Bréfritari: Ragnheiður Daníelsdóttir
Viðtakandi: Jakobína Magnúsdóttir
Dagsetning: A-1887-02-03
Skrifað á: Reykjavík  Gull.
Ragnheiður var dóttir Jakobínu

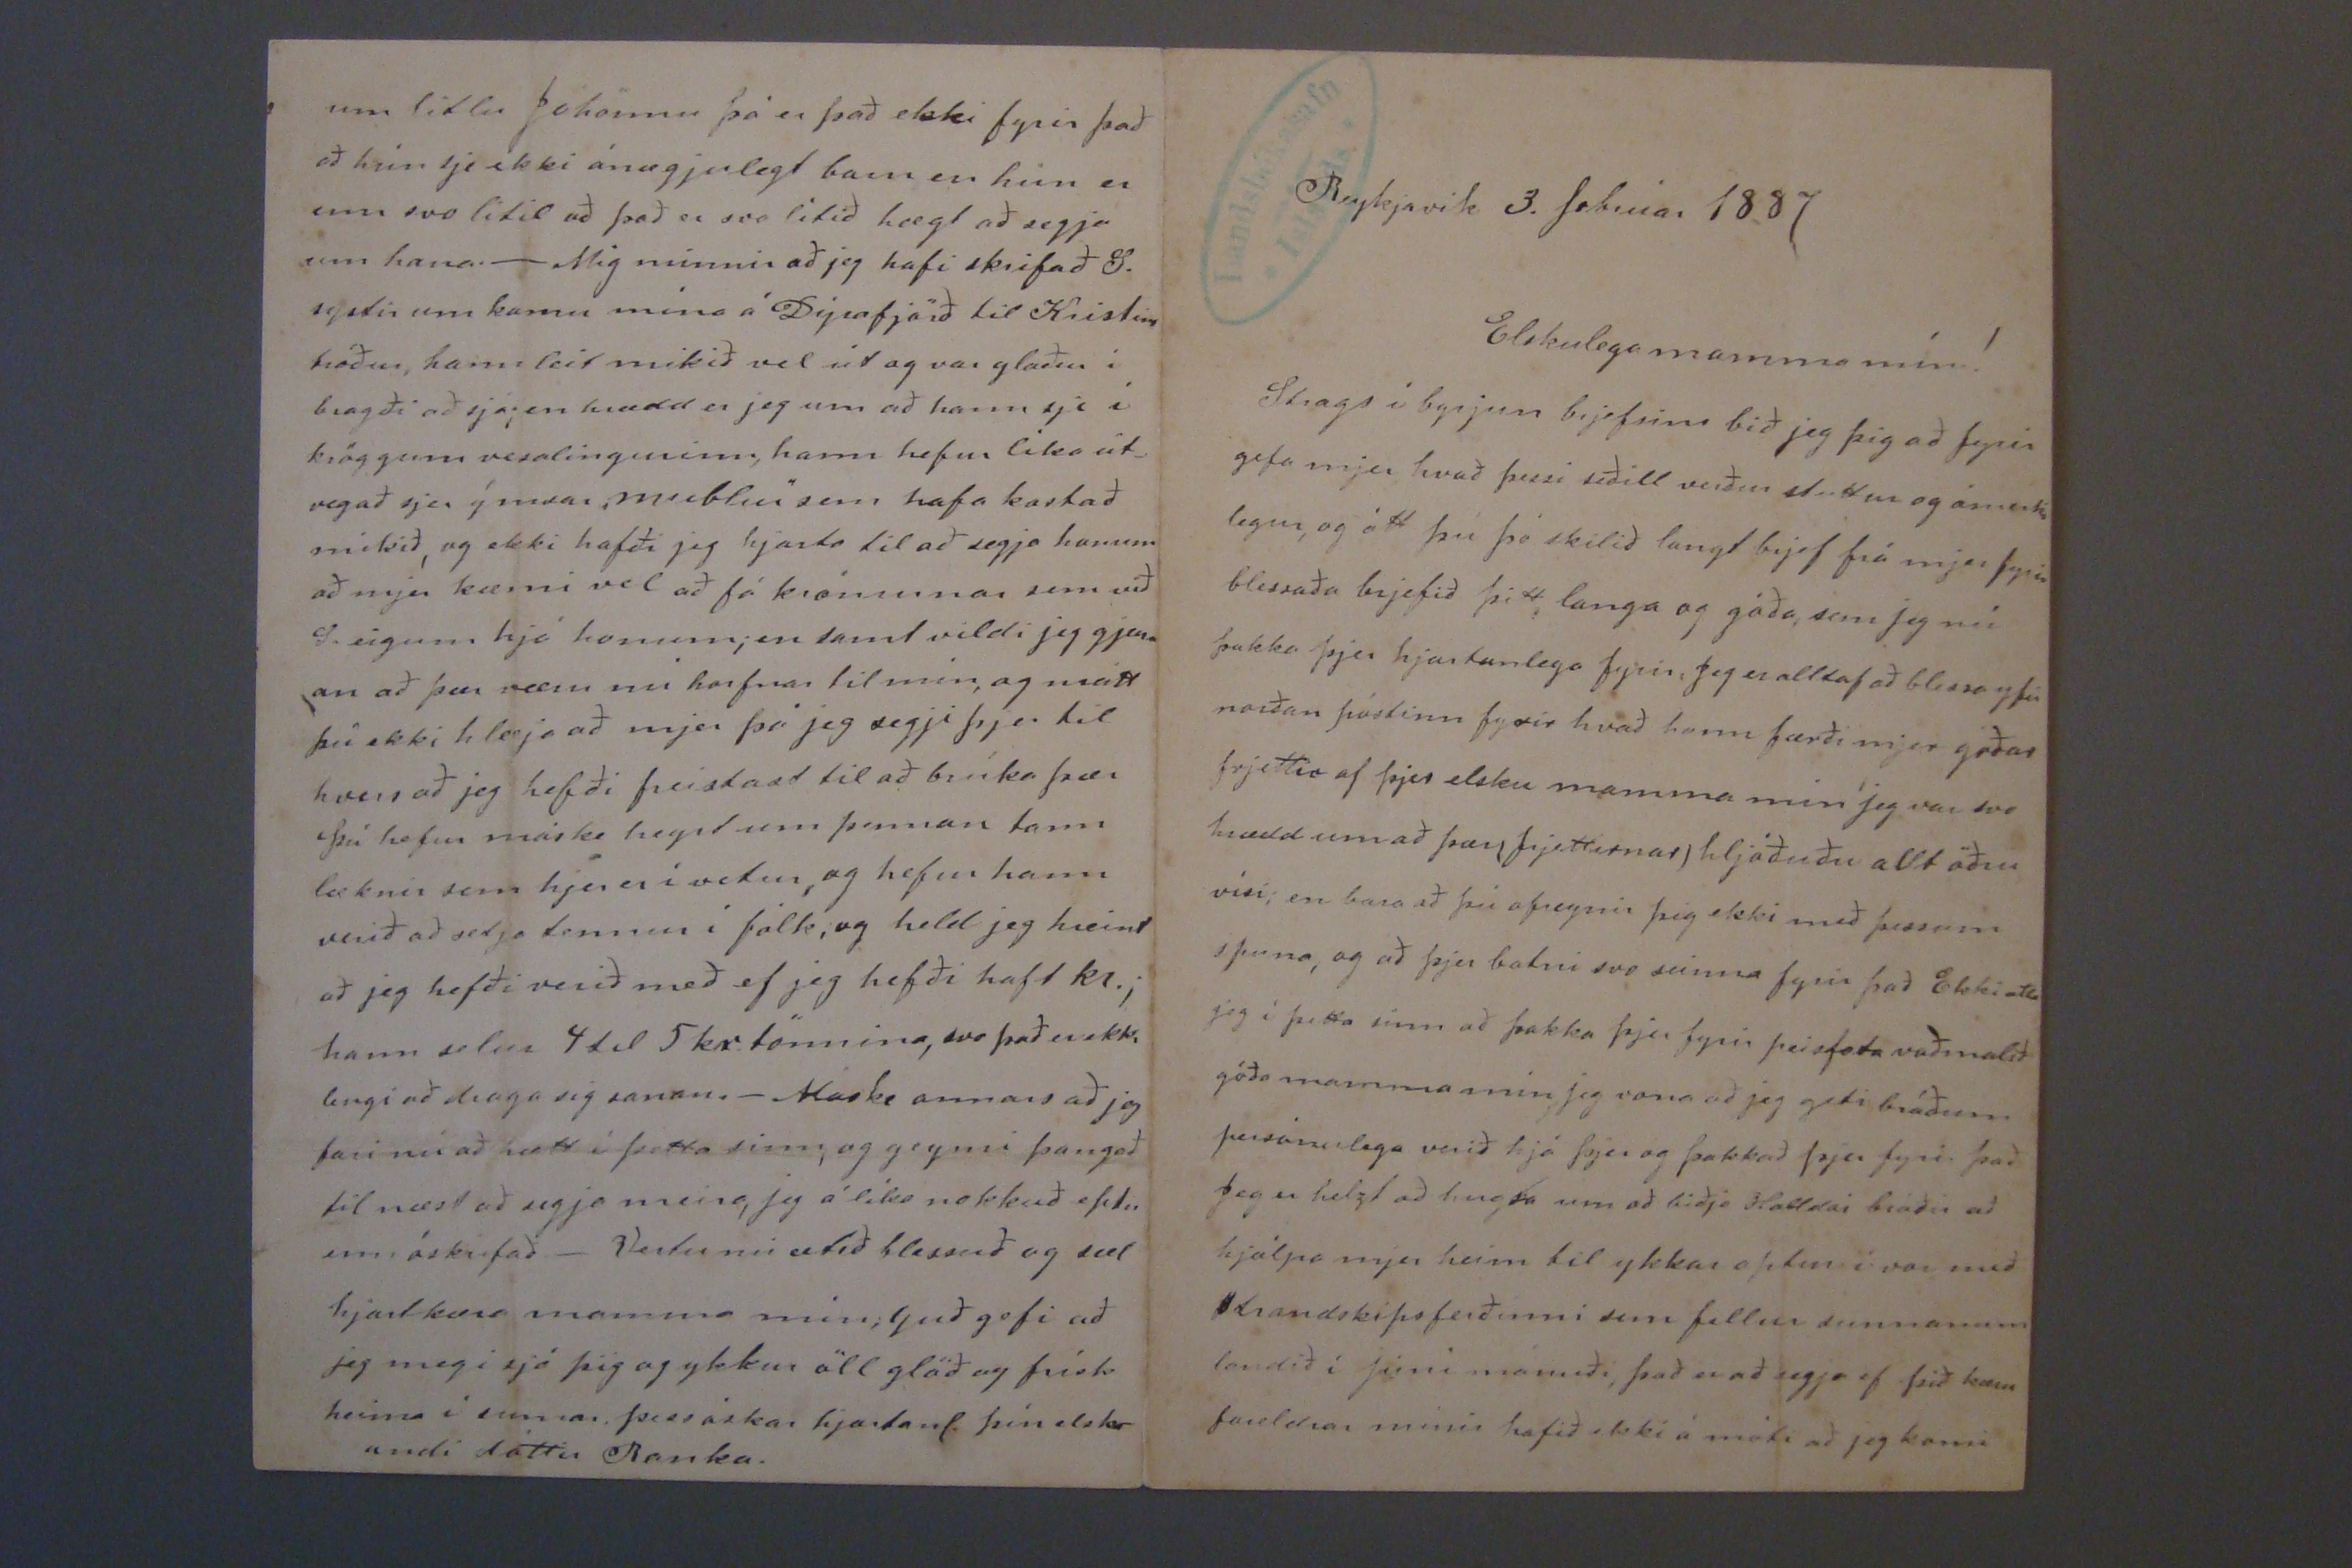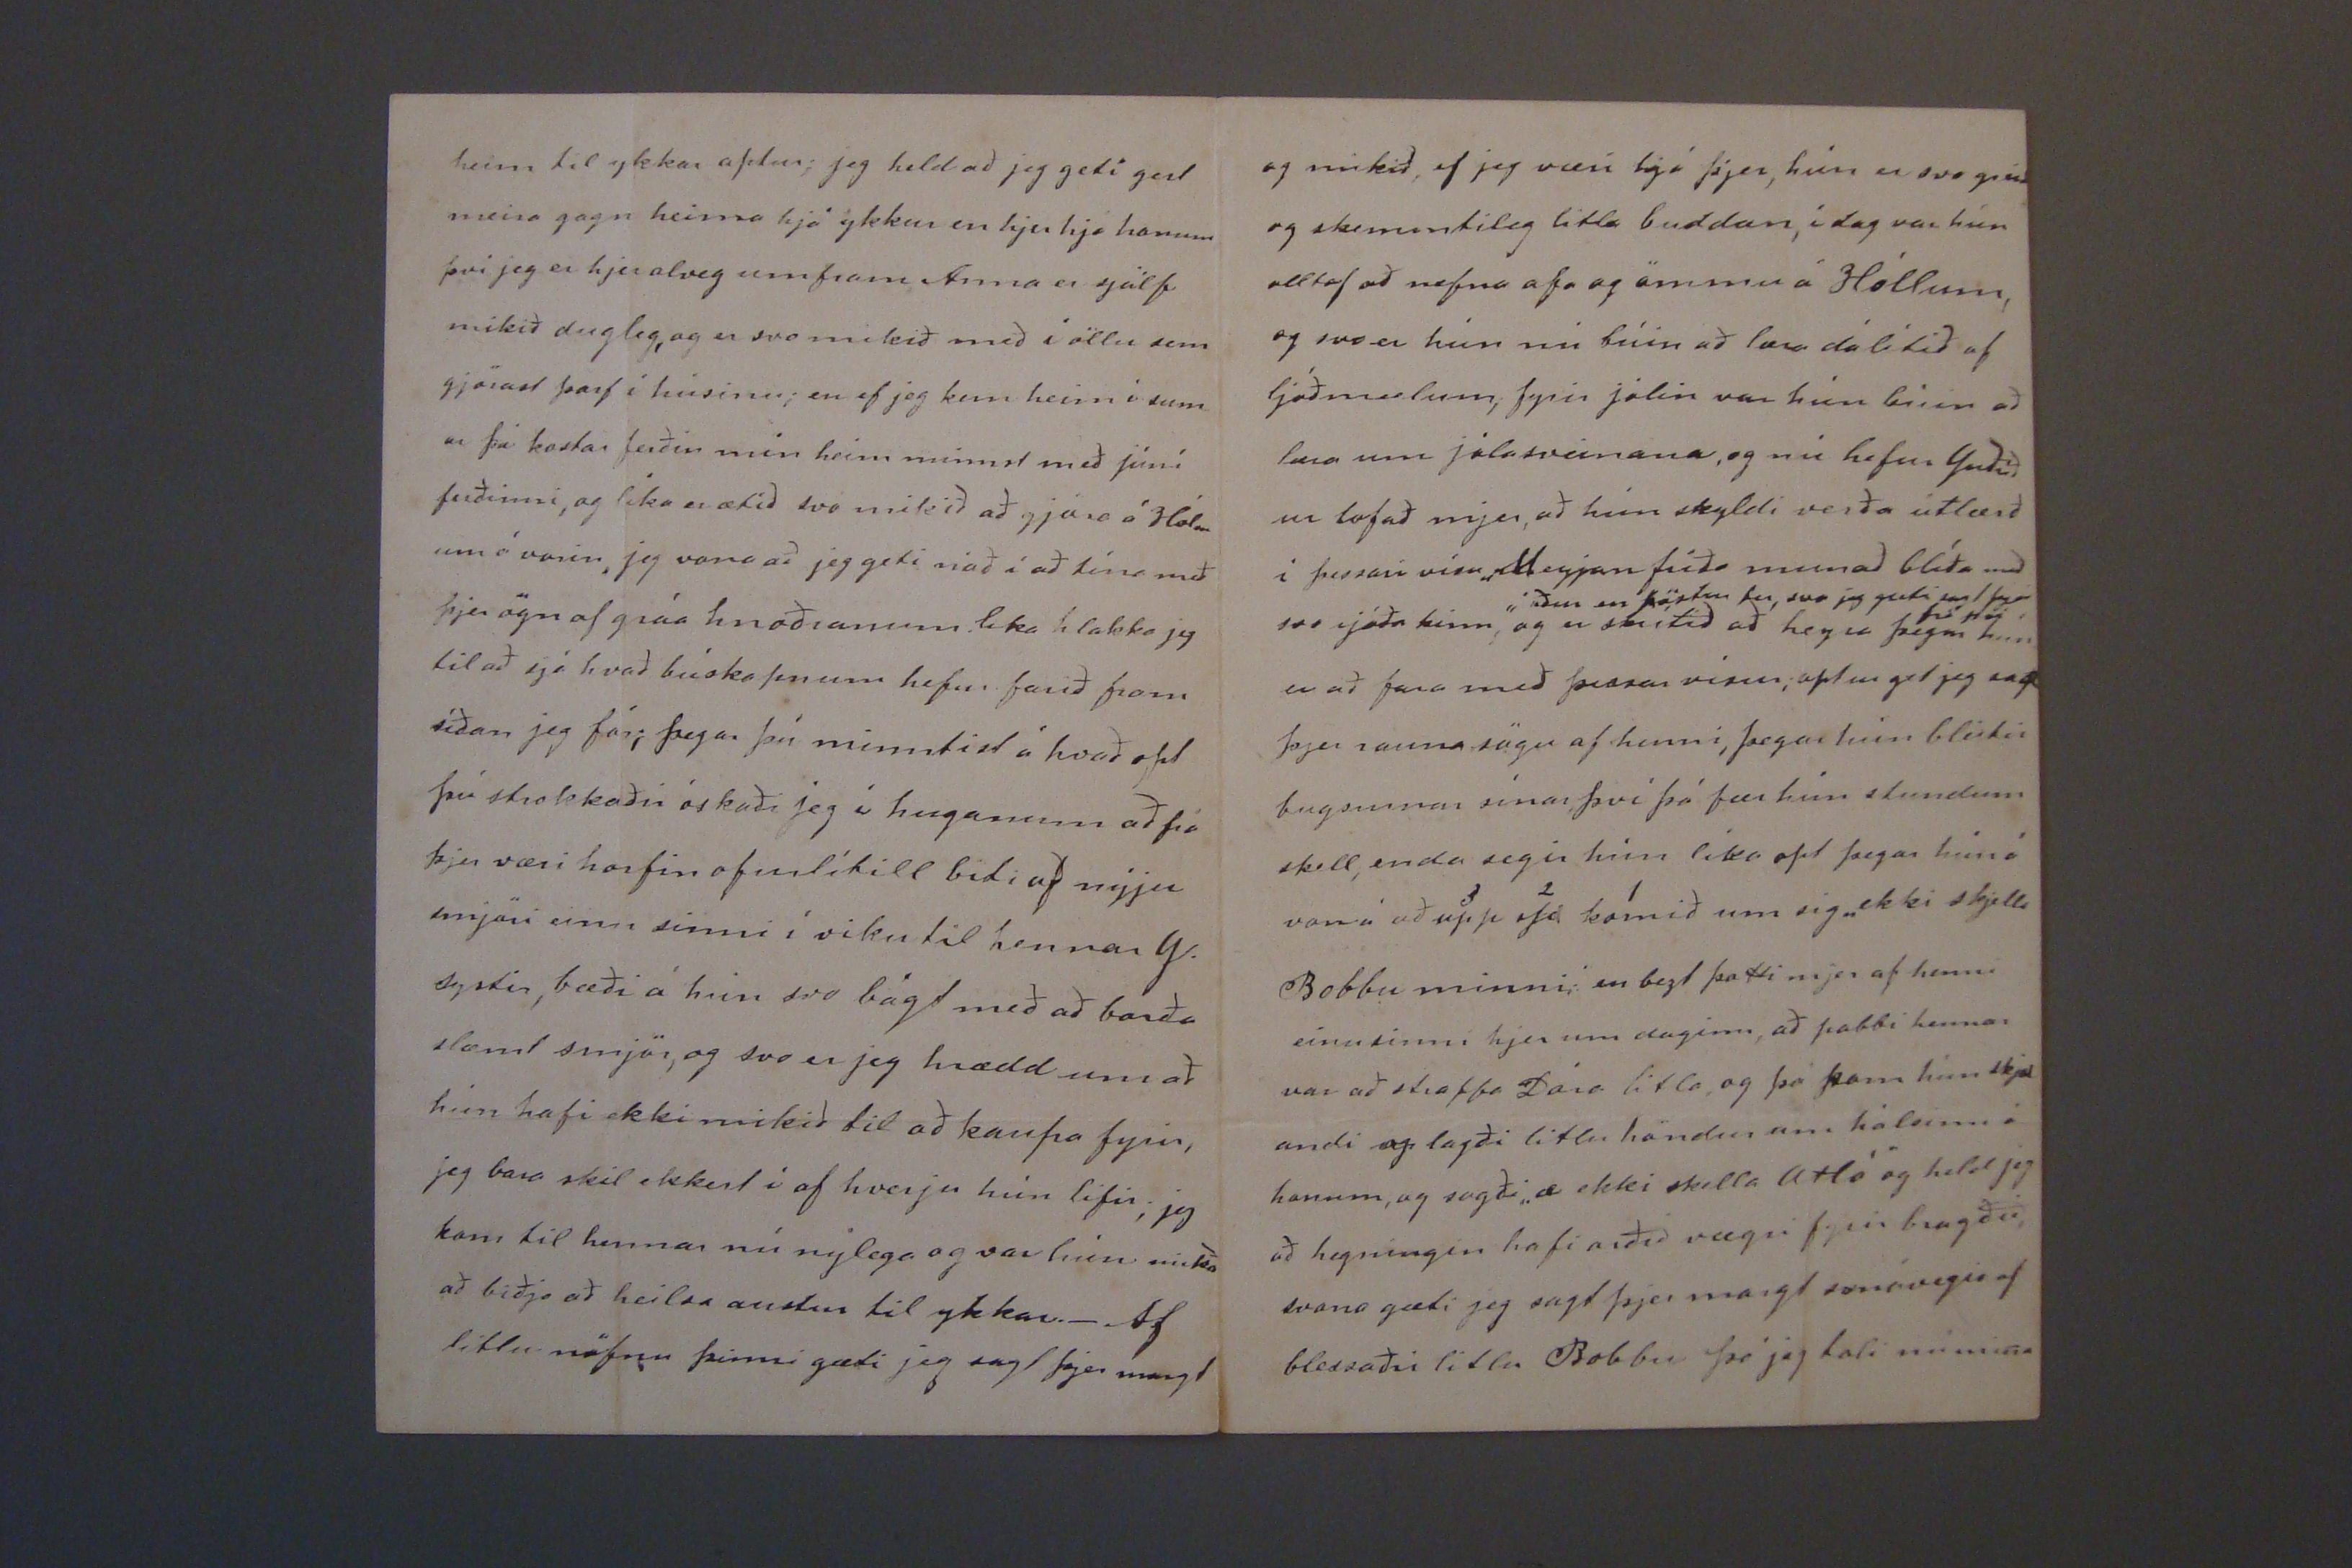

Reykjavík 3. febrúar 1887
Elskulega mamma mín!
Strags í byrjun brjefsins bið jeg þig að fyrir gefa mjer hvað þessi seðill verður stuttur og ómerki legur, og átt þú þó skilið langt brjef frá mjer fyrir blessaða brjefið þitt, langa og góða, sem jeg nú þakka þjer hjartanlega fyrir, Jeg er alltaf að blessa yfir norðan póstinn fyrir hvað hann færði mjer góðar frjettir af þjer elsku mamma min jeg var svo hrædd um að þær (frjettirnar) hljóðuðu allt öðru vísi; en bara að þú ofreynir þig ekki með þessum spuna, og að þjer batni svo seinna fyrir það Ekki atla jeg í þetta sinn að þakka þjer fyrir
peisfota vaðmalið
góða mamma mín jeg vona að jeg geti bráðum persónulega verið hjá þjer og þakkað þjer fyrir það Jeg er helzt að hugsa um að biðja Halldór bróðir að hjálpa mjer heim til ykkar aptur í vor með Strandskipsferðinni sem fellur sunnanum landið í Júní mánuði, það er að segja ef þið
0000
foreldrar mínir hafið ekki á móti að jeg komi
heim til ykkar aptur; jeg held að jeg geti gert meira gagn heima hjá ykkur en hjer hjá honum því jeg er hjer alveg umfram Anna er sjálf mikið dugleg, og er svo mikið með í öllu sem gjörast þarf í húsinu; en ef jeg kem heim í sum ar þá kostar ferðin min heim minnst með júní ferðinni, og líka er ætíð svo mikið að gjöra á Hólm um á vorin, jeg vona að jeg geti náð í að tína með þjer ögn af gráa hnoðranum lika hlakka jeg til að sjá hvað búskapnum hefur farið fram síðan jeg fór; þegar þú minntist á hvað opt þú strokkaðir óskaði jeg í huganum að frá þjer væri horfin ofurlítill biði af nýju smjöri einu sinni í viku til hennar
S.
systir, bæði á hún svo bágt með að borða slæmt smjör, og svo er jeg hrædd um að hún hafi ekki mikið til að kaupa fyrir, jeg bara skil ekkert í af hverju hún lifir; jeg kom til hennar nú nýlega og var hún
mikið
að biðja að heilsa austur til ykkar._ Af litlu nöfnu þinni gæti jeg sagt þjer margt
og mikið, ef jeg væri hjá þjer, hún er svo góð og skemmtileg litla buddan, í dag var hún alltaf að nefna afa og ömmu á Hóllum, og svo er hún nú búin að læra dálítið af ljóðmælum, fyrir jólin var hún búin að læra um jólasveinana, og nú hefur
guðrið ur
lofað mjer, að hún skyldi verða útlærð í þessari vísu "Meyjan fríða munað blíða með svo rjóða kinn" og
áður en
0örtur
fer, svo jeg gæti sent þjer tvö
000
er skrítið að heyra þegar hún er að fara með þessar vísur; aptur get jeg sagt þjer sanna sögu af henni, þegar hún bleitir bugsurnar sínar, því þá fær hún stundum skell, enda segir hún líka opt þegar hún á von á að upp sje komið um sig "ekki skjella Bobbu minni:" en bezt þotti mjer af henni einu sinni hjer um daginn, að pabbi hennar var að straffa Dóra litla, og þá kom hún skjæl andi og lagði litlu höndur um hálsinn á honum, og sagði "æ ekki skella
atla
" og held jeg að hegningin hafi orðið vægri fyrir bragðið, svona gæti jeg sagt þjer margt smávegis af blessaðri litlu Bobbu þó jeg tali nú mina
um litlu Jóhönnu þá er það ekki fyrir það að hún sje ekki ánægjulegt barn en hún er enn svo lítil að það er svo lítið hægt að segja um hana._ Mig minnir að jeg hafi skrifað S. systir um komu mína á Dýrafjörð til Kristins bróður, hann leit mikið vel út og var glaður í bragði að sjá; en hrædd er jeg um að hann sje í kröggum vesalingurinn, hann hefur l´ka út_ vegað sjer ýmsar "mublur" ssem hafa kostað mikið, og ekki hafði jeg hjarta til að segja honum að mjer kæmi vel að fá krónurnar sem við S. eigum hjá honum; en samt vildi jeg gjarn an að þær væru nú horfnar til mín, og mátt þú ekki hlæja að mjer þó jeg segji þjer til hvers að jeg hefði freistast til að brúka þær þú hefur máske heyrt um þennan tann læknir sem hjer er í vetur, og hefur hann verið að setja tennur í fólk, og held jeg hreint að jeg hefði verið með ef jeg hefði haft
kr.;
hann selur 4 til 5 kr. tönnina, svo það er ekki lengi að draga sig
saman
._ Máske annars að jeg fari nú að hætt í þetta sinn; og geymi þangað til næst að segja meira, jeg á líka nokkuð eptir enn, óskrifað_ Vertu nú ætíð blessuð og sæl hjartkæra mamma mín; Guð gefi að jeg megi sjá þig og ykkur öll glöð og frísk heima í sumar. þess óskar hjartanl. þín elsk- andi dóttir Ranka.